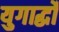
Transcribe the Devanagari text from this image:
युगार्द्धों